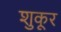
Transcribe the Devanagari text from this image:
शुकूर